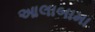
આલાબામા